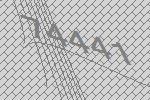
74441